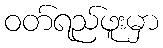
ဝတ်ရည်ဖူးမှာ